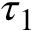
\tau _ { 1 }